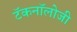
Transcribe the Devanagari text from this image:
टॅकनॉलोजी